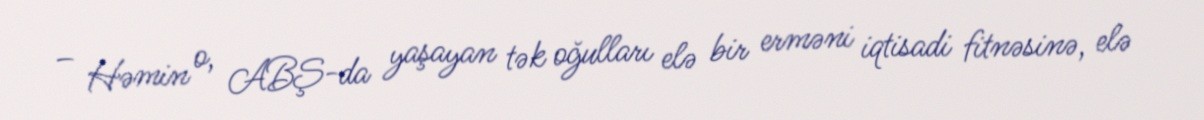
– Həmin o, ABŞ-da yaşayan tək oğulları elə bir erməni iqtisadi fitnəsinə, elə